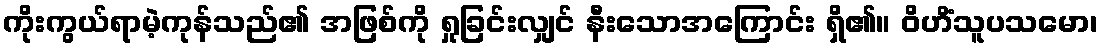
ကိုးကွယ်ရာမဲ့ကုန်သည်၏ အဖြစ်ကို ရှုခြင်းလျှင် နီးသောအကြောင်း ရှိ၏။ ဝိဟိံသူပသမော၊